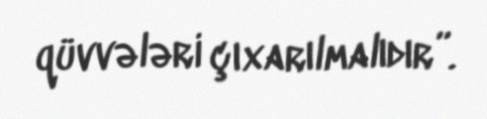
qüvvələri çıxarılmalıdır”.